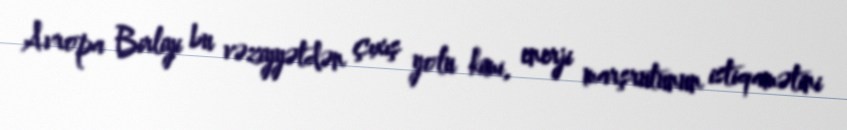
Avropa Birliyi bu vəziyyətdən çıxış yolu kimi, enerji marşrutunun istiqamətini